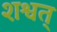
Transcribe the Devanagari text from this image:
शश्वत्